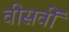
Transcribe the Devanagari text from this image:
वीसवीं